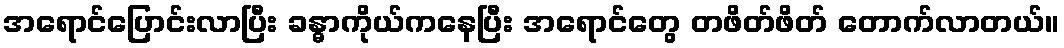
အရောင်ပြောင်းလာပြီး ခန္ဓာကိုယ်ကနေပြီး အရောင်တွေ တဖိတ်ဖိတ် တောက်လာတယ်။